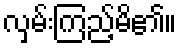
လှမ်းကြည့်မိ၏။